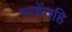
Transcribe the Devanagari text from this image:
भाषेंतहि